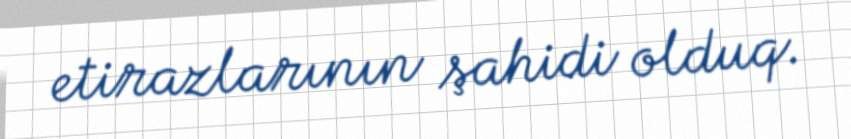
etirazlarının şahidi olduq.